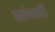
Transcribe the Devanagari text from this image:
ह्यांचाही